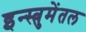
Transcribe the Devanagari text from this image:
इन्स्त्रुमेंतल